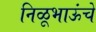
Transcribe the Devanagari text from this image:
निळूभाऊंचे